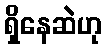
ရှိနေဆဲဟု